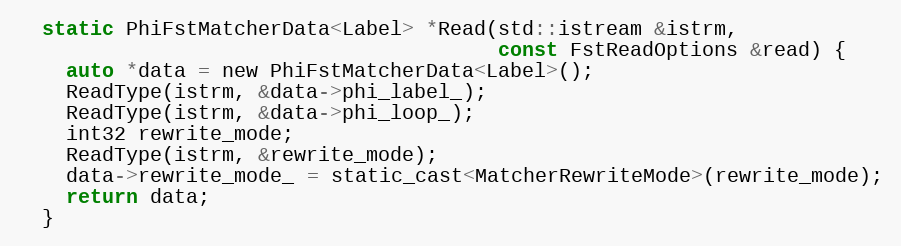
Language: C
  static PhiFstMatcherData<Label> *Read(std::istream &istrm,
                                        const FstReadOptions &read) {
    auto *data = new PhiFstMatcherData<Label>();
    ReadType(istrm, &data->phi_label_);
    ReadType(istrm, &data->phi_loop_);
    int32 rewrite_mode;
    ReadType(istrm, &rewrite_mode);
    data->rewrite_mode_ = static_cast<MatcherRewriteMode>(rewrite_mode);
    return data;
  }